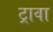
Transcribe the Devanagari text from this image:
ट्रावा